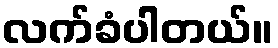
လက်ခံပါတယ်။